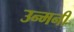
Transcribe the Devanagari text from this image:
उन्मनीं